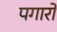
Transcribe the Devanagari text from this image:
पगारों